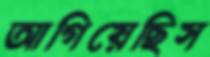
আগিয়েছিস